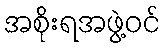
အစိုးရအဖွဲ့ဝင်